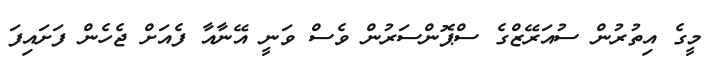
މީގެ އިތުރުން ސުއަރޭޒްގެ ސްޕޮންސަރުން ވެސް ވަނީ އޭނާއާ ފެއަށް ޖެހެން ފަށައިފަ